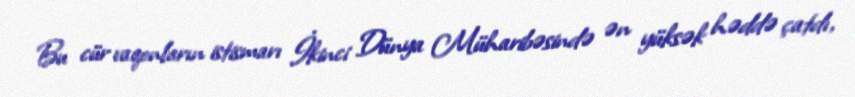
Bu cür vaqonların istismarı İkinci Dünya Müharibəsində ən yüksək həddə çatdı,